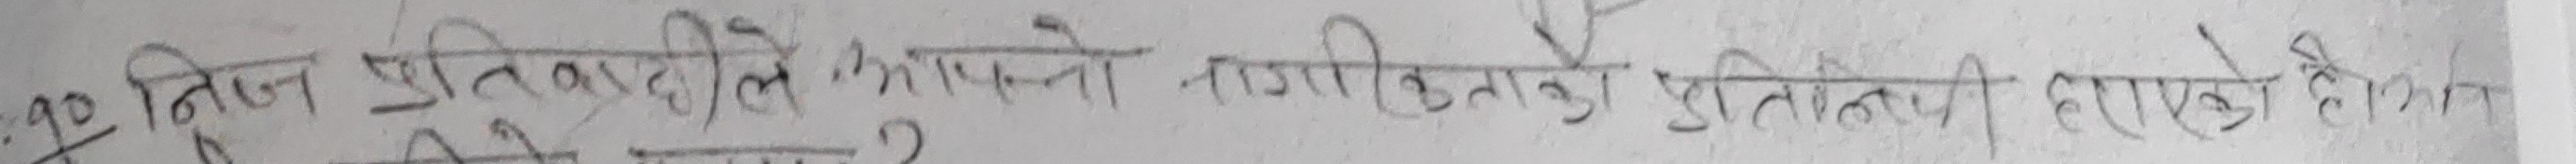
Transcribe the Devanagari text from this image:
१२ कुन प्रतिद्वन्दीले आफ्नो नागरिकताको प्रतिनिधित्व हराएको छ?